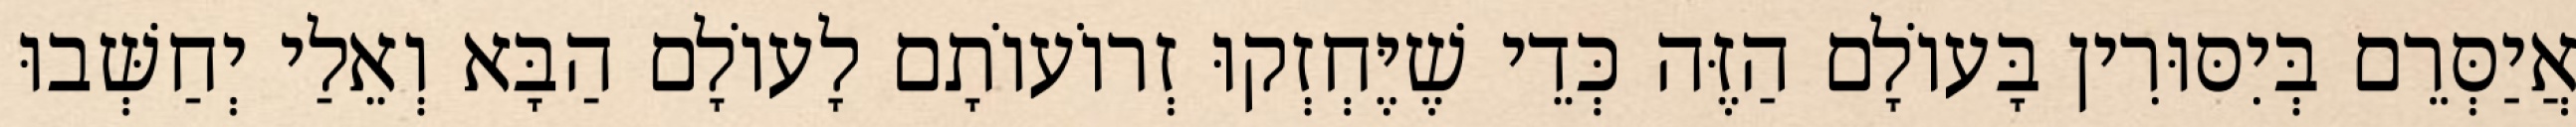
אֲיַסְּרֵם בְּיִסּוּרִין בָּעוֹלָם הַזֶּה כְּדֵי שֶׁיֶּחְזְקוּ זְרוֹעוֹתָם לָעוֹלָם הַבָּא וְאֵלַי יְחַשְּׁבוּ